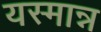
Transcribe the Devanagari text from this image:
यस्मान्न